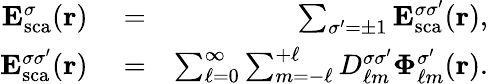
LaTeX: \begin{array}{rlr}{{\mathbf E}_{\mathrm{{sca}}}^{\sigma}({\mathbf r})}&{{}=}&{\sum_{\sigma^{\prime}=\pm 1}{\mathbf E}_{\mathrm{{sca}}}^{\sigma\sigma^{\prime}}({\mathbf r}),}\\ {{\mathbf E}_{\mathrm{{sca}}}^{\sigma\sigma^{\prime}}({\mathbf r})}&{{}=}&{\sum_{\ell=0}^{\infty}\sum_{m=-\ell}^{+\ell}D_{\ell m}^{\sigma\sigma^{\prime}}\boldsymbol{\Phi}_{\ell m}^{\sigma^{\prime}}({\mathbf r}).}\end{array}